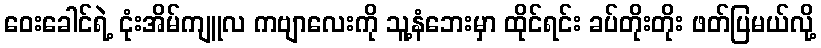
ဝေးခေါင်ရဲ့ ငုံးအိမ်ကျူလ ကဗျာလေးကို သူ့နံဘေးမှာ ထိုင်ရင်း ခပ်တိုးတိုး ဖတ်ပြမယ်လို့